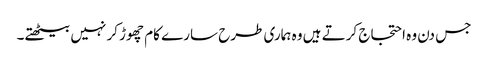
جس دن وہ احتجاج کرتے ہیں وہ ہماری طرح سارے کام چھوڑ کر نہیں بیٹھتے۔